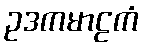
ဥဒကမာဠကံ